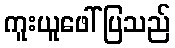
ကူးယူဖေါ်ပြသည်